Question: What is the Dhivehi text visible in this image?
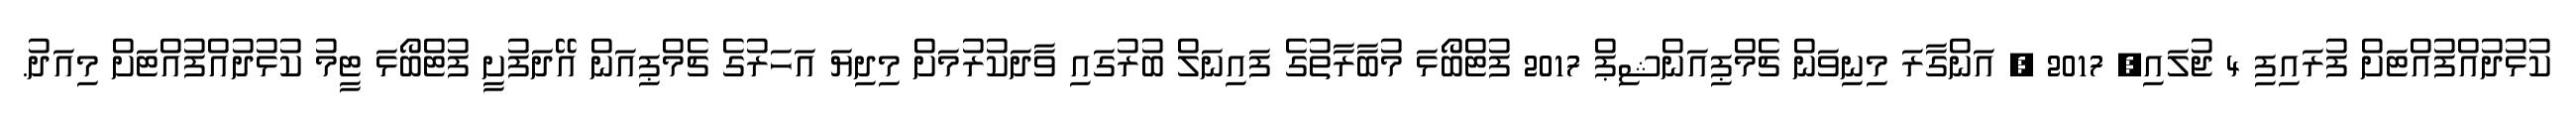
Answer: ކުޅުދުއްފުއްޓަށް ފުރައިފި 4 ޖުލައި, 2017 , އަންގާރަ މިނިވަން ޗެމްޕިއަންޝިޕް 2017 ފުޓްބޯޅަ މުބާރާތުގެ ފައިނަލް ބުރުގައި ވާދަކުރުމަށް މިދިޔަ އަހަރުގެ ޗެމްޕިއަން އޭދަފުށީ ފުޓްބޯޅަ ޓީމު ކުޅުދުއްފުއްޓަށް މިއަދު.